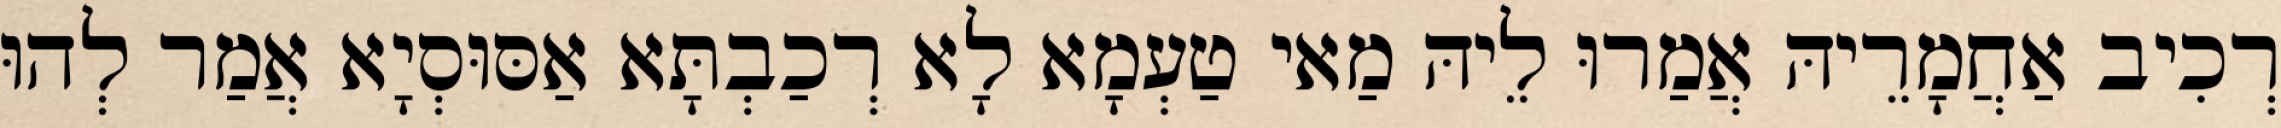
רְכִיב אַחֲמָרֵיהּ אֲמַרוּ לֵיהּ מַאי טַעְמָא לָא רְכַבְתָּא אַסּוּסְיָא אֲמַר לְהוּ